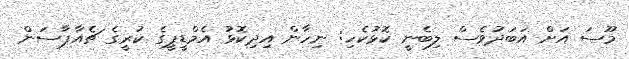
މޫސަ އަށް އަބަދުވެސް ލިބެނީ ކޮޅުކެހި: ނިހާން އިދިކޮޅު އެމްޑީޕީގެ ކުރީގެ ޗެއާޕާސަން